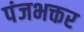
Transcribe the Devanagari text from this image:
पंजभक्तर